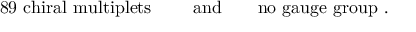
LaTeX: \mathrm { 8 9 ~ c h i r a l ~ m u l t i p l e t s ~ } \qquad \mathrm { a n d } \qquad \mathrm { n o ~ g a u g e ~ g r o u p ~ . }